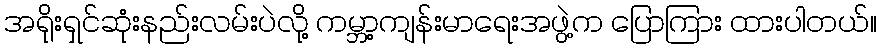
အရိုးရှင်ဆုံးနည်းလမ်းပဲလို့ ကမ္ဘာ့ကျန်းမာရေးအဖွဲ့က ပြောကြား ထားပါတယ်။